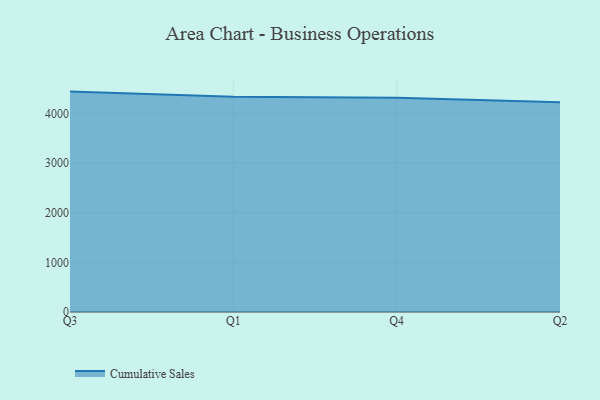
{"axis": {"x": "Quarter", "y": "Churn Rate (%)"}, "legend": ["Cumulative Sales"], "data": [{"x": "Q3", "y": 4436.8, "type": "Cumulative Sales"}, {"x": "Q1", "y": 4335.4, "type": "Cumulative Sales"}, {"x": "Q4", "y": 4311.7, "type": "Cumulative Sales"}, {"x": "Q2", "y": 4222.9, "type": "Cumulative Sales"}]}